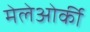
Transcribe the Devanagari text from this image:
मेलेओर्की